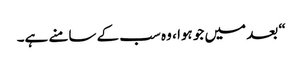
“ بعد میں جو ہوا ، وہ سب کے سامنے ہے۔